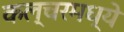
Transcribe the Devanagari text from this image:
कल्चरमध्ये